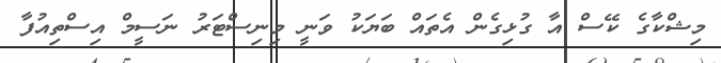
މިޝްކާގެ ކޭސް އާ ގުޅިގެން އެތައް ބަޔަކު ވަނީ މިނިސްޓަރު ނަސީމް އިސްތިއުފާ